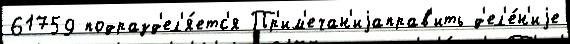
61759 подразд'ел'я́етс'я Пр'им'ечан'иjаправ'ить д'ел'е́н'иjе